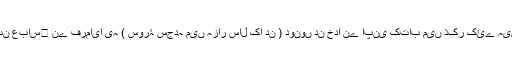
ابن عباس﷜ نے فرمایا یہ ( سورۂ سجدہ میں ہزار سال کا دن ) دونوں دن خدا نے اپنی کتاب میں ذکر کئے ہیں۔